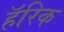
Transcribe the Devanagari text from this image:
हॅरिक